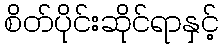
စိတ်ပိုင်းဆိုင်ရာနှင့်